Vaccination in Bombay 1869-1873 - 1869-1873
Year: 1869
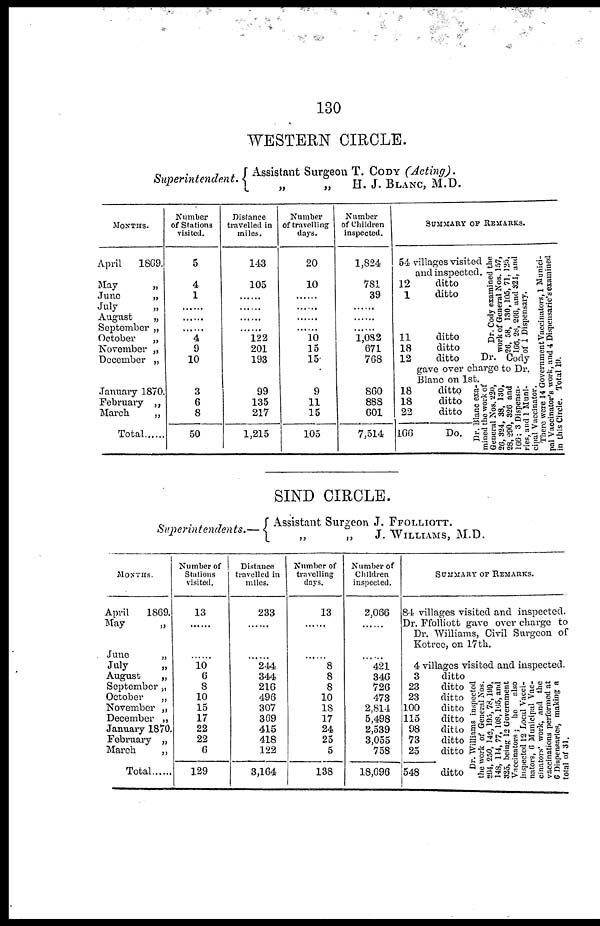
130
WESTERN CIRCLE.
Superintendent.
Assistant Surgeon T. CODY (Acting).
„
„
H. J. BLANC, M.D.
MONTHS.
April 1869.
May
„
June
„
July
„
August
„
September „
October
„
November „
December „
January 1870.
February „
March
„
Total ......
Number
of Stations
visited.
5
4
1
......
......
......
4
9
10
3
6
8
50
Distance
travelled in
miles.
143
105
......
......
......
......
122
201
193
99
135
217
1,215
Number
of travelling
days.
20
10
......
......
......
......
10
15
15
9
11
15
105
Number
of Children
inspected.
1,824
781
39
......
......
......
1,082
671
768
860
888
601
7,514
SUMMARY OF REMARKS.
54 villages visited
and inspected.
12
ditto
1
ditto
11
ditto
18
ditto
Dr. Cody examined the
work of General Nos. 157,
26, 58, 130,105, 71, 125,
106, 28, 266, and 324, and
of 1 Dispensary.
12
ditto
Dr. Cody
gave over charge to Dr.
Blanc on 1st.
18
ditto
18
ditto
22
ditto
166
Do.
Dr. Blanc exa-
mined the work of
General Nos. 220,
26, 324, 38, 130,
28, 290, 326 and
100; 3 Dispensa-
ries, and 1 Muni-
cipal Vaccinator.
There were 14 Government Vaccinators, 1 Munici-
pal Vaccinator's work, and 4 Dispensarie's examined
in this Circle. Total l9.
SIND CIRCLE.
Superintendents.—
Assistant Surgeon J. FFOLLIOTT.
„
„
J. WILLIAMS, M.D.
MONTHS.
April 1869.
May
„
June
„
July
„
August
„
September „
October
„
November „
December „
January 1870.
February „
March
„
Total......
Number of
Stations
visited.
13
......
......
10
6
8
10
15
17
22
22
6
129
Distance
travelled in
miles.
233
......
......
244
344
216
496
307
369
415
418
122
3,164
Number of
traveiling
days.
13
......
......
8
8
8
10
18
17
24
25
5
138
Number of
Children
inspected.
2,066
......
......
421
346
726
473
2,814
5,498
2,539
3,055
758
18,696
SUMMARY OF REMARKS.
84 villages visited and inspected.
Dr. Ffolliott gave over charge to
Dr. Williams, Civil Surgeon of
Kotree, on 17th.
4 villages visited and inspected.
3
ditto
23
ditto
23
ditto
100
ditto
115
ditto
98
ditto
73
ditto
25
ditto
548
ditto
Dr. Williams inspected
the work of General Nos.
294, 250, 143, 195, 78,199,
148, 114, 77, 108,165, and
325, being 12 Government
Vaccinators he
also
inspected 12 Local Vacci-
nators, 6 Municipal Vac-
cinators' work, and the
vaccinations performed at
C Dispensaries, making a
total of 31.